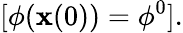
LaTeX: [\phi(\mathbf{x}(0))=\phi^{0}].